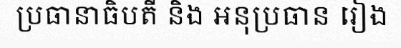
ប្រធានាធិបតី និង អនុប្រធាន រៀង